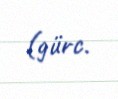
(gürc.